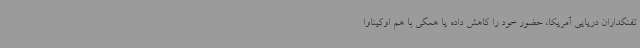
تفنگداران دریایی آمریکا، حضور خود را کاهش داده یا همگی با هم اوکیناوا